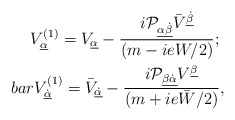
\begin{align*}{\displaystyle V^{(1)}_{\underline\alpha}=V_{\underline\alpha}-\frac{i{\cal P}_{\underline{\alpha\dot\beta}}\bar V^{\underline{\dot\beta}}}{(m-ieW/2)};\ \\bar V^{(1)}_{\underline{\dot\alpha}}=\bar V_{\underline{\dot\alpha}}-\frac{i{\cal P}_{\underline{\beta\dot\alpha}}V^{\underline\beta}}{(m+ie\bar W/2)},}\end{align*}